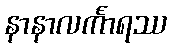
နာနာလင်္ကာရဿ